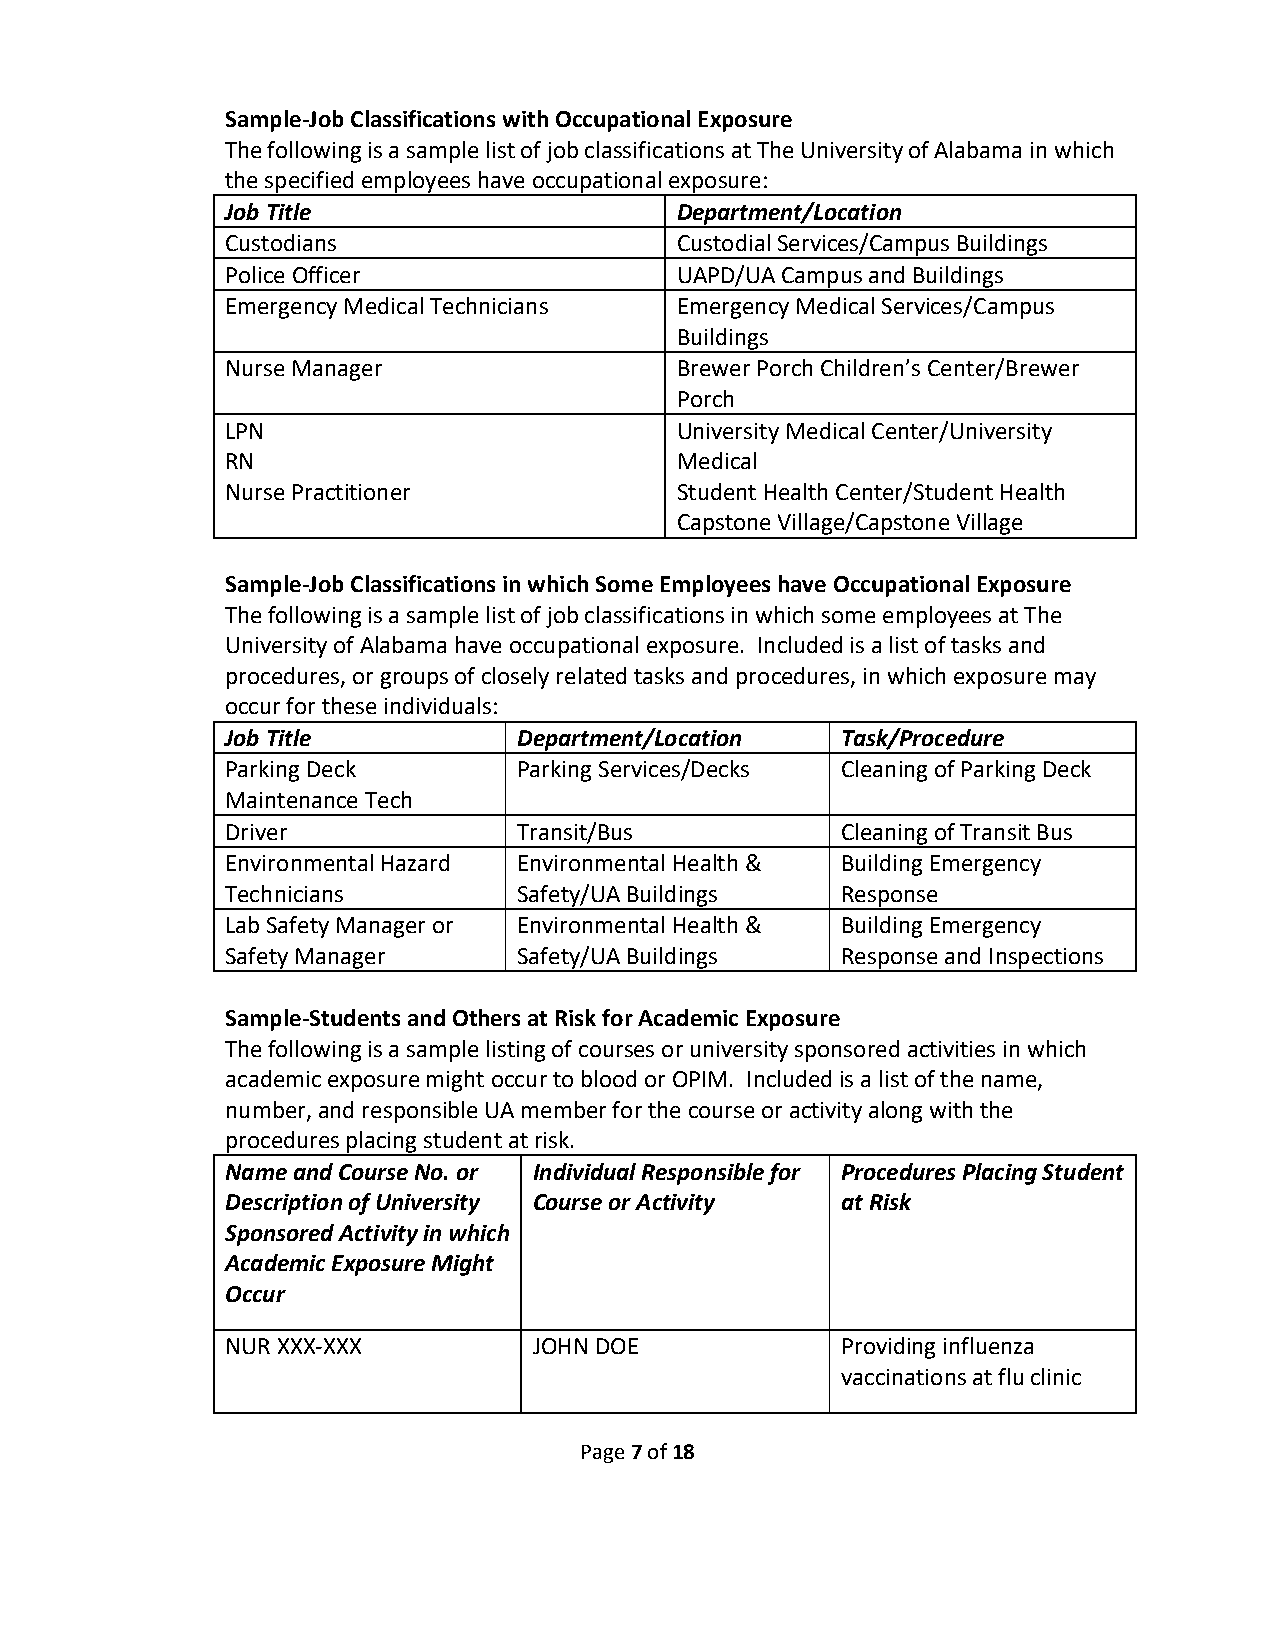
Sample-Job Classifications with Occupational Exposure
 The following is a sample list of job classifications at The University of Alabama in which
 the specified employees have occupational exposure:
 Job Title                     Department/Location
 Custodians                    Custodial Services/Campus Buildings
 Police Officer                UAPD/UA Campus and Buildings
 Emergency Medical Technicians Emergency Medical Services/Campus
 Buildings
 Nurse Manager                 Brewer Porch Children’s Center/Brewer
 Porch
 LPN                           University Medical Center/University
 RN                            Medical
 Nurse Practitioner            Student Health Center/Student Health
 Capstone Village/Capstone Village
 Sample-Job Classifications in which Some Employees have Occupational Exposure
 The following is a sample list of job classifications in which some employees at The
 University of Alabama have occupational exposure. Included is a list of tasks and
 procedures, or groups of closely related tasks and procedures, in which exposure may
 occur for these individuals:
 Job Title          Department/Location   Task/Procedure
 Parking Deck       Parking Services/Decks Cleaning of Parking Deck
 Maintenance Tech
 Driver             Transit/Bus           Cleaning of Transit Bus
 Environmental Hazard Environmental Health & Building Emergency
 Technicians        Safety/UA Buildings   Response
 Lab Safety Manager or Environmental Health & Building Emergency
 Safety Manager     Safety/UA Buildings   Response and Inspections
 Sample-Students and Others at Risk for Academic Exposure
 The following is a sample listing of courses or university sponsored activities in which
 academic exposure might occur to blood or OPIM. Included is a list of the name,
 number, and responsible UA member for the course or activity along with the
 procedures placing student at risk.
 Name and Course No. or Individual Responsible for Procedures Placing Student
 Description of University Course or Activity at Risk
 Sponsored Activity in which
 Academic Exposure Might
 Occur
 NUR XXX-XXX         JOHN DOE             Providing influenza
 vaccinations at flu clinic
 Page 7 of 18